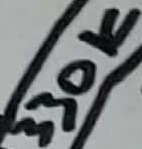
Text: 330K